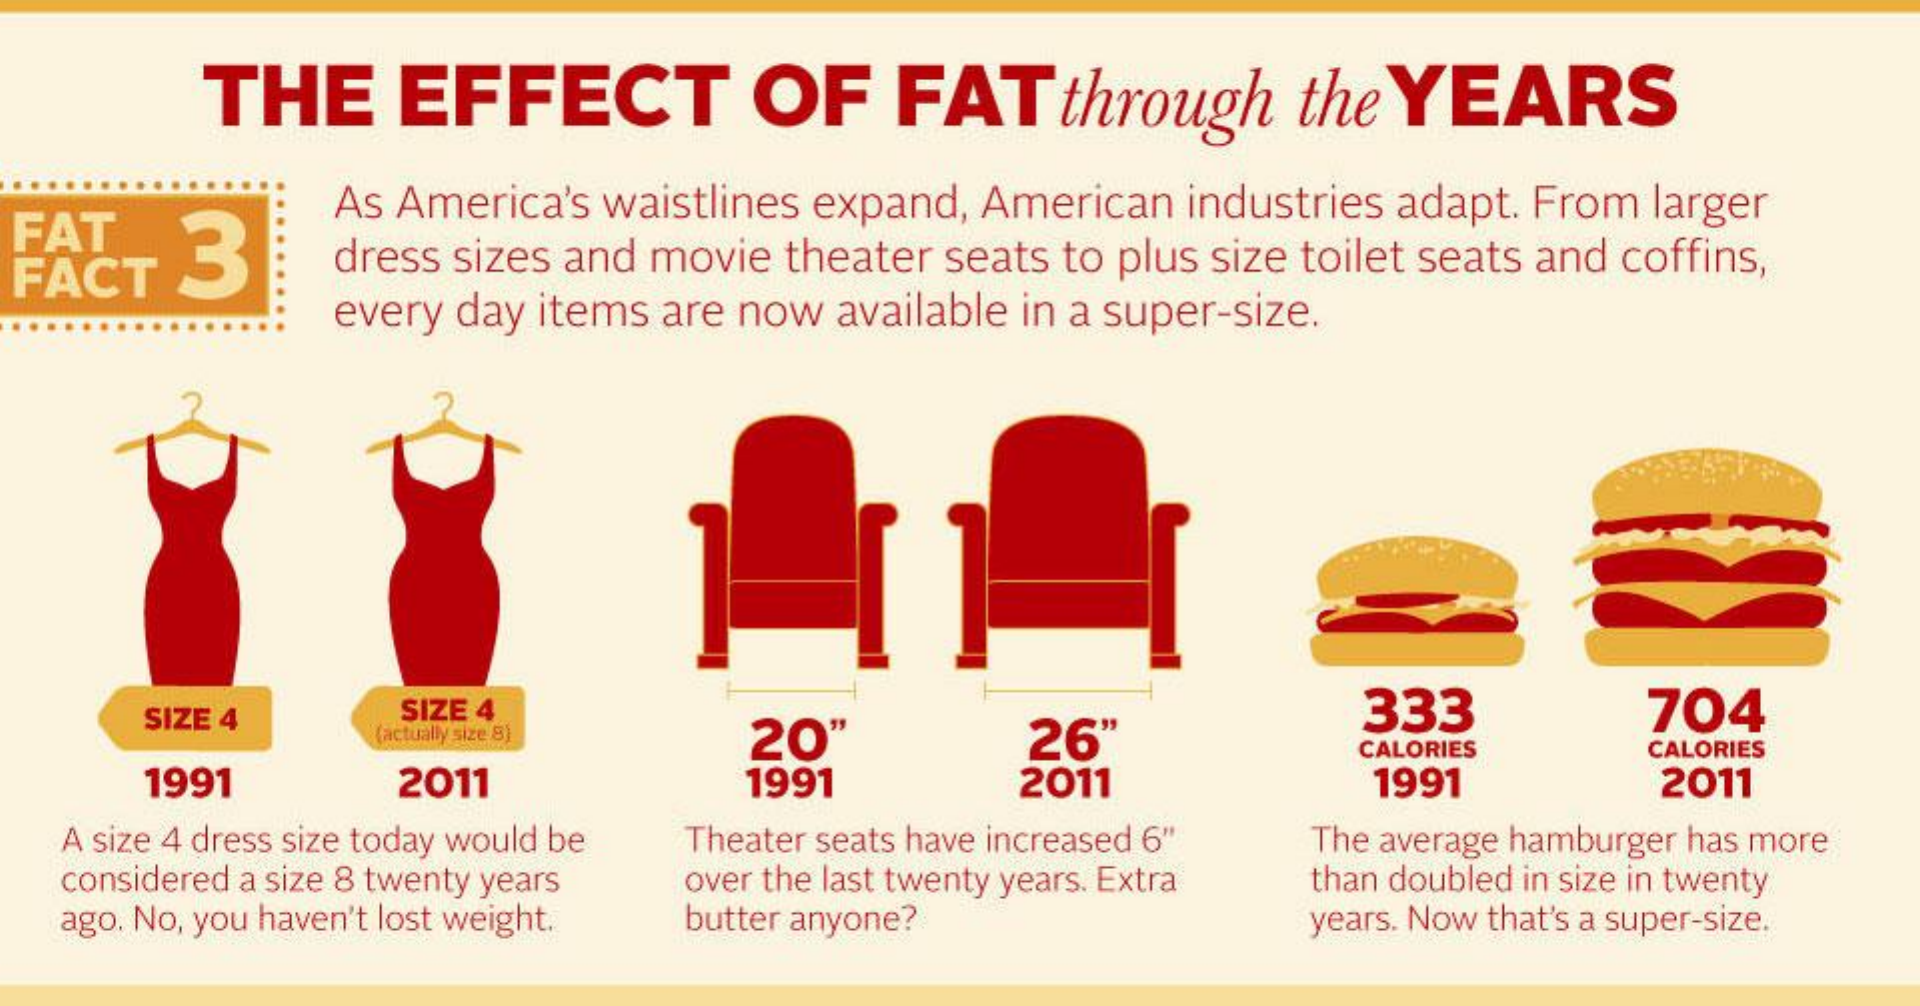
THE    EFFECT    OF    FAT    through    the  YEARS
  FAT
     As America's waistlines expand, American industries adapt. From larger
  FACT   3    dress sizes and movie theater seats to plus size toilet seats and coffins,
     every day items are now available in a super-size.
     SIZE 4    SIZE 4    333    704
     (actually size 8) 20'    26"    CALORIES    CALORIES
     1991    2011    1991    2011    1991    2011
   A size 4 dress size today would be Theater seats have increased 6" The average hamburger has more
   considered a size 8 twenty years over the last twenty years. Extra than doubled in size in twenty
   ago. No, you haven't lost weight. butter anyone?    years. Now that's a super-size.